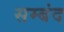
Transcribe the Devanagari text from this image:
सम्बंद